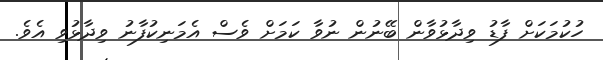
ހުކުމަކަށް ފާޑު ވިދާޅުވާން ބޭނުން ނުވާ ކަމަށް ވެސް އެމަނިކުފާނު ވިދާޅުވި އެވެ.